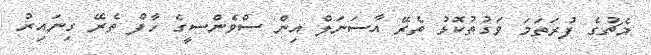
މެޗުގެ ފުރަތަމަ ވަގުތުކޮޅު ތެރޭ އާސަނަލް އިން ސްވެންސީގެ ހާފް ތެރޭ ގިނައިރު